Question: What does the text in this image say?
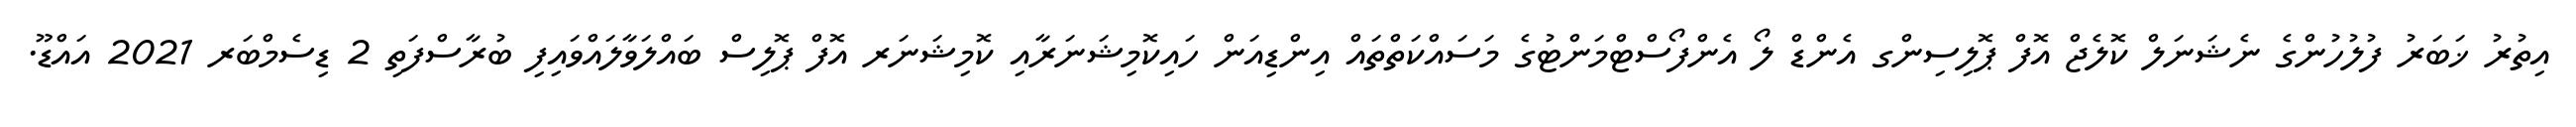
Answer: އިތުރު ޚަބަރު ފުލުހުންގެ ނެޝަނަލް ކޮލެޖް އޮފް ޕޮލިސިންގ އެންޑް ލޯ އެންފޯސްޓްމަންޓުގެ މަސައްކަތްތައް އިންޑިއަން ހައިކޮމިޝަނަރާއި ކޮމިޝަނަރ އޮފް ޕޮލިސް ބައްލަވާލައްވައިފި ބުރާސްފަތި 2 ޑިސެމްބަރ 2021 އައްޑޫ.